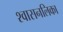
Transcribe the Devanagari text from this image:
श्‍वासनलिका